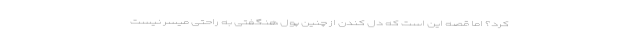
کرد؟ اما قصه این است که دل کندن از چنین پول هنگفتی به راحتی میسر نیست